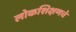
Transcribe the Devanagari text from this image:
लोकशिक्षणचे